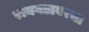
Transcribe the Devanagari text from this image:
रायगडावरचा